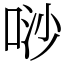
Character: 唦